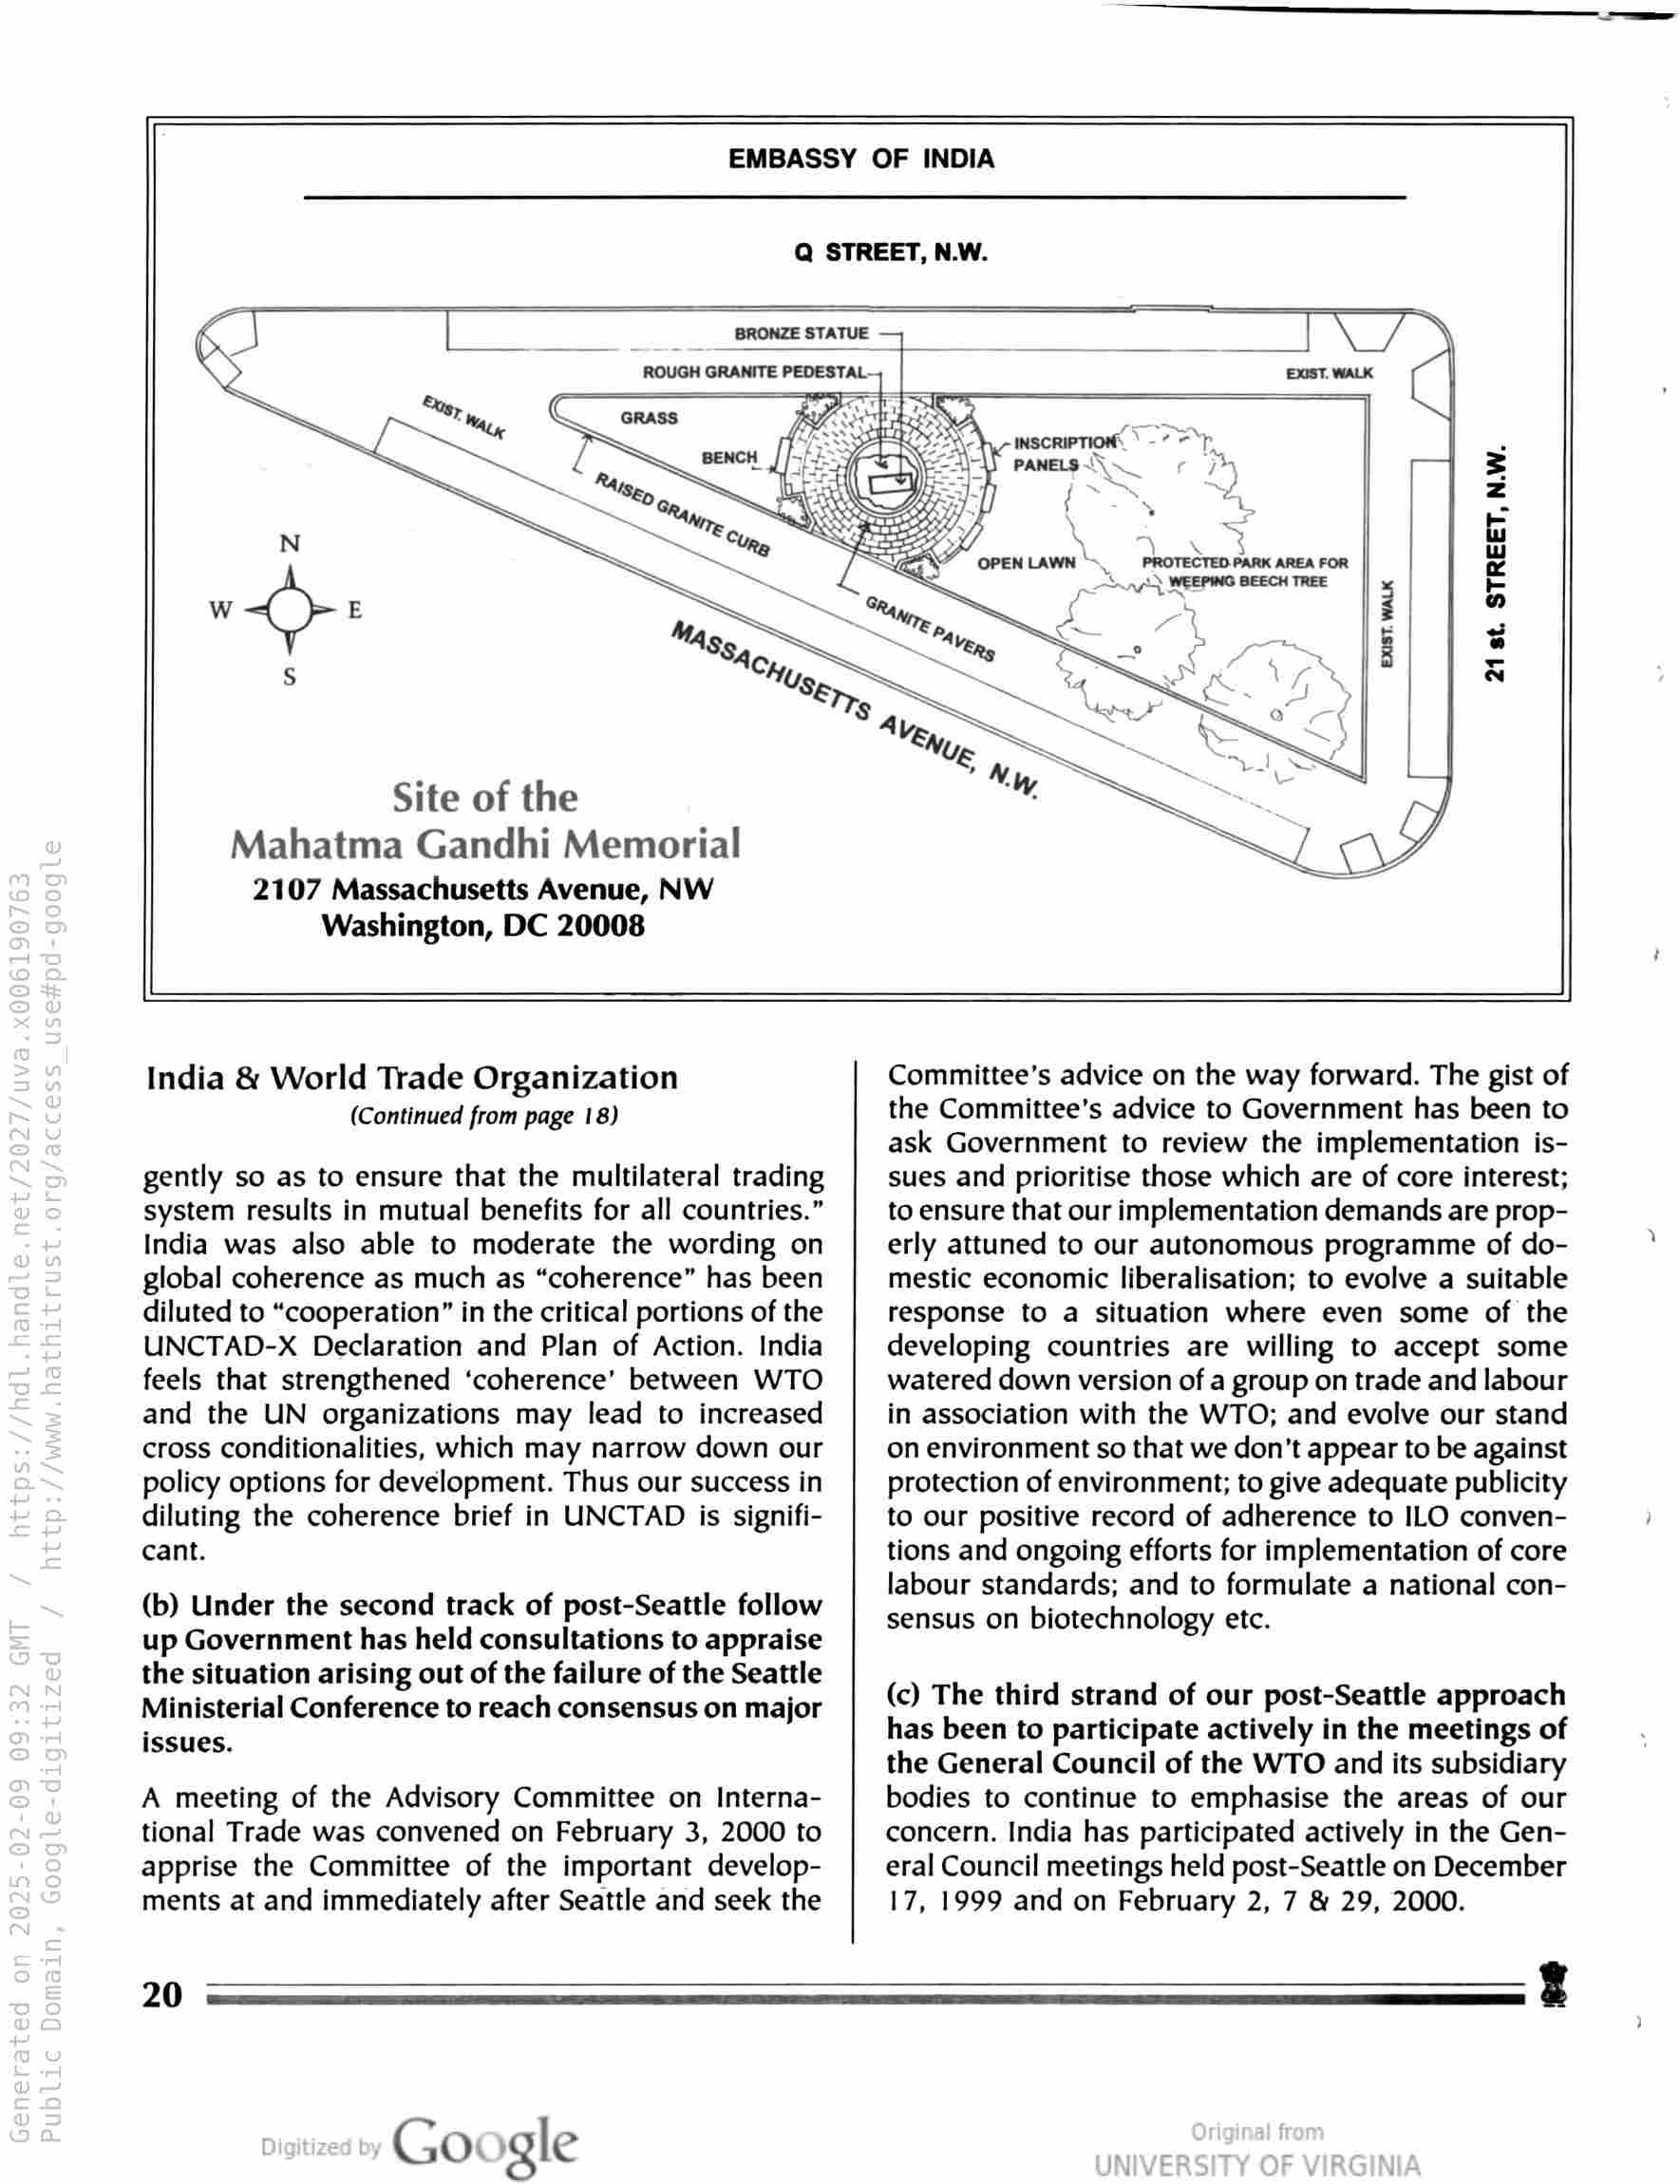
EMBASSY OF INDIA

Q STREET, N.W.

BRONZE STATUE

ROUGH GRANITE PEDESTAL-

I

Site of the
Mahatma Gandhi Memorial

2107 Massachusetts Avenue, NW
Washington, DC 20008

21 st. STREET, N.W.

India & World Trade Organization
(Continued from page 18)

gently so as to ensure that the multilateral trading
system results in mutual benefits for all countries.”
India was also able to moderate the wording on
global coherence as much as “coherence” has been
diluted to “cooperation” in the critical portions of the
UNCTAD-X Declaration and Plan of Action. India
feels that strengthened ‘coherence’ between WTO
and the UN organizations may lead to increased
cross conditionalities, which may narrow down our
policy options for development. Thus our success in
diluting the coherence brief in UNCTAD is signifi-
cant.

(b) Under the second track of post-Seattle follow
up Government has held consultations to appraise
the situation arising out of the failure of the Seattle
Ministerial Conference to reach consensus on major
issues.

A meeting of the Advisory Committee on Interna-
tional Trade was convened on February 3, 2000 to
apprise the Committee of the important develop-
ments at and immediately after Seattle and seek the

Committee’s advice on the way forward. The gist of
the Committee’s advice to Government has been to
ask Government to review the implementation is-
sues and prioritise those which are of core interest;
to ensure that our implementation demands are prop-
erly attuned to our autonomous programme of do-
mestic economic liberalisation; to evolve a suitable
response to a situation where even some of the
developing countries are willing to accept some
watered down version of a group on trade and labour
in association with the WTO; and evolve our stand
on environment so that we don’t appear to be against
protection of environment; to give adequate publicity
to our positive record of adherence to ILO conven-
tions and ongoing efforts for implementation of core
labour standards; and to formulate a national con-
sensus on biotechnology etc.

(c) The third strand of our post-Seattle approach
has been to participate actively in the meetings of
the General Council of the WTO and its subsidiary
bodies to continue to emphasise the areas of our
concern. India has participated actively in the Gen-
eral Council meetings held post-Seattle on December
17, 1999 and on February 2, 7 & 29, 2000.

20

Google